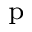
_ \mathrm { p }